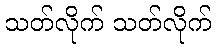
သတ်လိုက် သတ်လိုက်